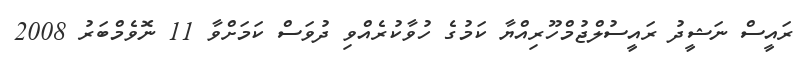
ރައީސް ނަޝީދު ރައީސުލްޖުމްހޫރިއްޔާ ކަމުގެ ހުވާކުރެއްވި ދުވަސް ކަމަށްވާ 11 ނޮވެމްބަރު 2008